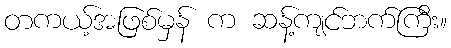
တကယ့်အဖြစ်မှန် က ဆန့်ကျင်ဘက်ကြီး။